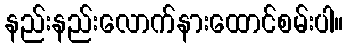
နည်းနည်းလောက်နားထောင်စမ်းပါ။